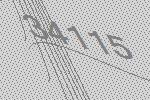
34115